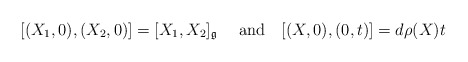
\begin{align*}[(X_1,0),(X_2,0)]=[X_1,X_2]_\mathfrak{g}\quad\text{ and}\quad[(X,0),(0,t)]=d\rho(X)t\end{align*}